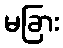
မခြား